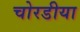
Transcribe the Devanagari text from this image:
चोरडीया